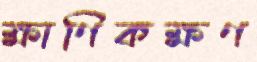
ক্ষাণিকক্ষণ